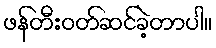
ဖန်တီးဝတ်ဆင်ခဲ့တာပါ။